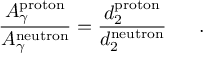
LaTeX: { \frac { A _ { \gamma } ^ { \mathrm { p r o t o n } } } { A _ { \gamma } ^ { \mathrm { n e u t r o n } } } } = { \frac { d _ { 2 } ^ { \mathrm { p r o t o n } } } { d _ { 2 } ^ { \mathrm { n e u t r o n } } } } ~ ~ ~ ~ ~ .